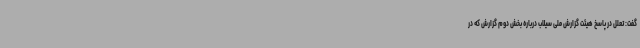
گفت: تعلل در پاسخ هیئت گزارش ملی سیلاب درباره بخش دوم گزارش که در